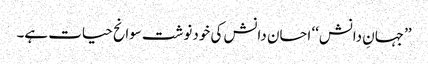
’’جہانِ دانش‘‘ احسان دانش کی خودنوشت سوانح حیات ہے۔